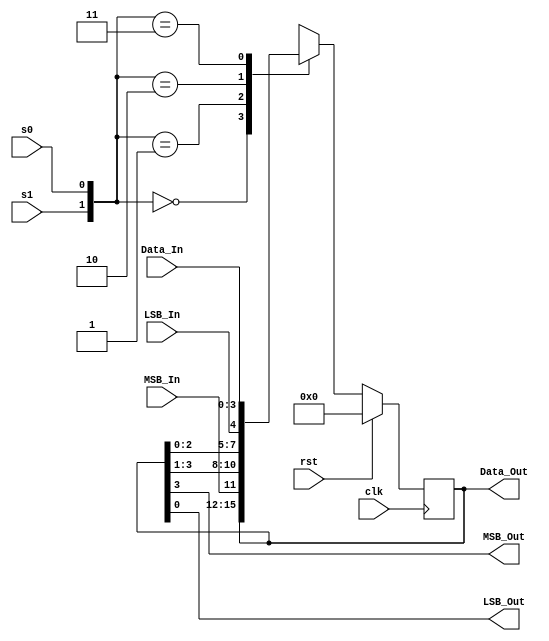
module Universal_Shift_Reg   (Data_Out, MSB_Out, LSB_Out, Data_In, 
   MSB_In, LSB_In, s1, s0, clk, rst);
  output	[3: 0] 	Data_Out;
  output 			MSB_Out, LSB_Out;
  input 	[3: 0] 	Data_In;
  input 			MSB_In, LSB_In;
  input 			s1, s0, clk, rst;
  reg 	[3: 0]	Data_Out;	// 5-10-2004

  assign MSB_Out = Data_Out[3];
  assign LSB_Out = Data_Out[0];

  always @ (posedge clk) begin
    if (rst) Data_Out <= 0; 
    else  case ({s1, s0})
      0:	Data_Out <= Data_Out;				// Hold
      1:	Data_Out <= {MSB_In, Data_Out[3:1]};	// Serial shift from MSB
      2:	Data_Out <= {Data_Out[2: 0], LSB_In};  	// Serial shift from LSB
      3:	Data_Out <= Data_In;  				// Parallel Load
    endcase
  end
endmodule